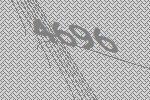
4696